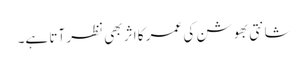
شانتی بھوشن کی عمر کا اثر بھی نظر آتا ہے۔